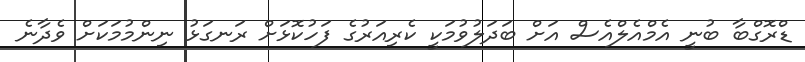
ޑްރޮގްބާ ބުނީ އެމްއެލްއެސް އަށް ބަދަލުވުމަކީ ކެރިއަރުގެ ފަހުކޮޅަށް ރަނގަޅު ނިންމުމަކަށް ވެދާނެ